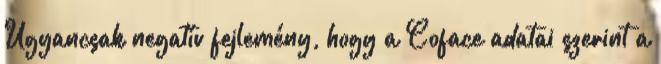
Ugyancsak negatív fejlemény, hogy a Coface adatai szerint a